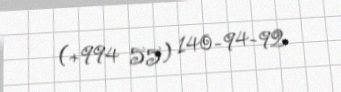
(+994 55) 140-94-92